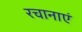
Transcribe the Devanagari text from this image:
रचानाएं